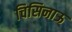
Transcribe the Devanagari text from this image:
चिसिनाऊ